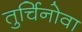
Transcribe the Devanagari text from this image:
तुर्चिनोवा